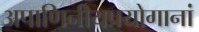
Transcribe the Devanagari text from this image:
अपाणिनीयप्रयोगानां